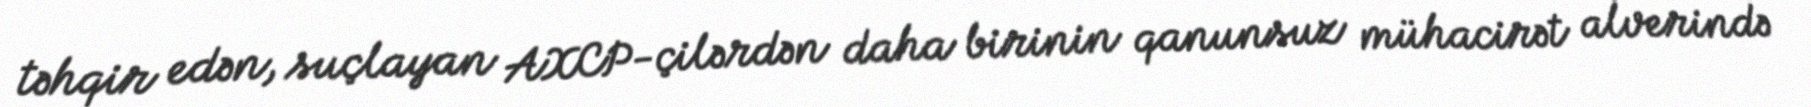
təhqir edən, suçlayan AXCP-çilərdən daha birinin qanunsuz mühacirət alverində